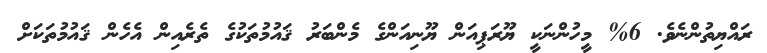
ރައްޔިތުންނެވެ. 6% މީހުންނަކީ ޔޫރަޕިއަން ޔޫނިއަންގެ މެންބަރު ޤައުމުތަކުގެ ތެރެއިން އެހެން ޤައުމުތަކަށް